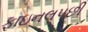
ફાઇનલપછી